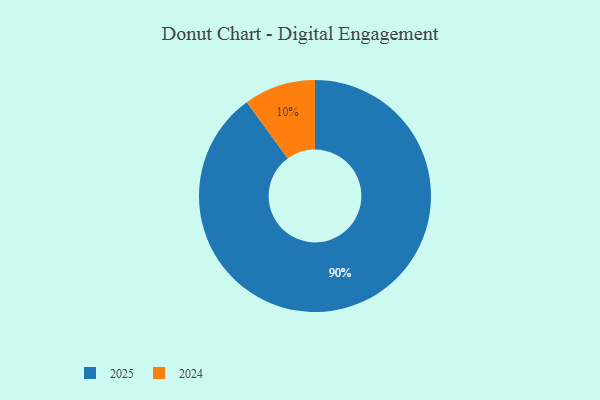
{"axis": {"x": "Category", "y": "Percentage"}, "legend": ["2024", "2025"], "data": [{"x": "2024", "y": 10, "type": "2024"}, {"x": "2025", "y": 90, "type": "2025"}]}